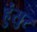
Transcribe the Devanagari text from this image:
हुंसुर